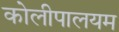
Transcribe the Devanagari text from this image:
कोलीपालयम